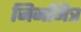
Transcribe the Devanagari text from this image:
जिनमित्र